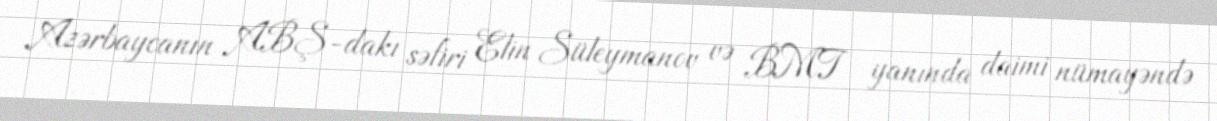
Azərbaycanın ABŞ-dakı səfiri Elin Süleymanov və BMT yanında daimi nümayəndə